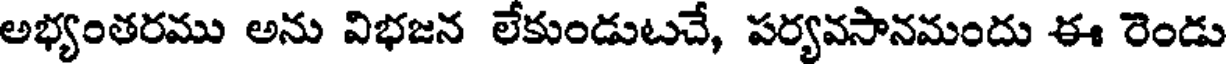
అభ్యంతరము అను విభజన లేకుండుటచే, పర్యవసానమందు ఈ రెండు